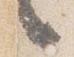
言